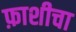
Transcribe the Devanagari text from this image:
फ़ाशीचा